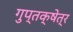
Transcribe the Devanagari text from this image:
गुप्तक्षेत्र